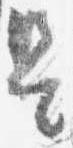
是